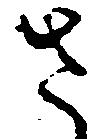
さ